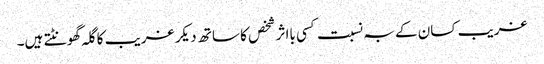
غریب کسان کے بہ نسبت کسی بااثر شخص کا ساتھ دیکر غریب کا گلہ گھونٹتے ہیں۔